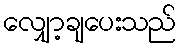
လျှော့ချပေးသည်